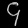
Digit: ၄